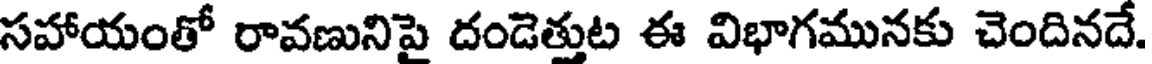
సహాయంతో రావణునిపై దండెత్తుట ఈ విభాగమునకు చెందినదే